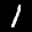
Label: 1